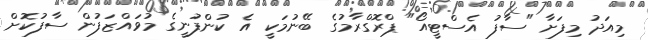
މިއަދު މިފަށާ "ސާފު އެސްޓީއޯ" ޕްރޮގްރާމުގެ ބޭނުމަކީ އެ ކުންފުނީގެ މުވައްޒަފުން ސާފުކޮށް